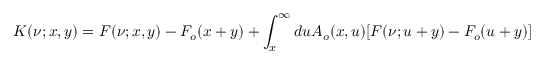
K ( \nu ; x , y ) = F ( \nu ; x , y ) - F _ { o } ( x + y ) + \int _ { x } ^ { \infty } d u A _ { o } ( x , u ) [ F ( \nu ; u + y ) - F _ { o } ( u + y ) ]